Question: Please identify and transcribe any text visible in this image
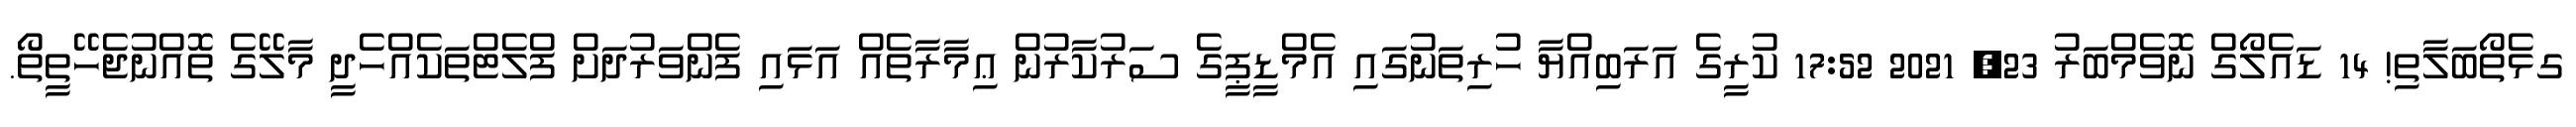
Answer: ގޅެތޯބަލާތި! 14 ޑައެލޯގް ނޮވެމްބަރު 23, 2021 17:52 ކުރީގެ އަރަބިއްޔާ ހުރިތަނުގައި އެމްޑީޕީގެ ސަރުކާރުން ޢިމާރާތެއް އަޅައި ފެންވަރުދަށް ފްލެޓްތަކެއްހެދީ މާލޭގެ ތޮއްނުޖެހޭތީތޯ.